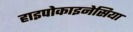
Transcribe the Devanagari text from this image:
हाइपोकाइनेसिया